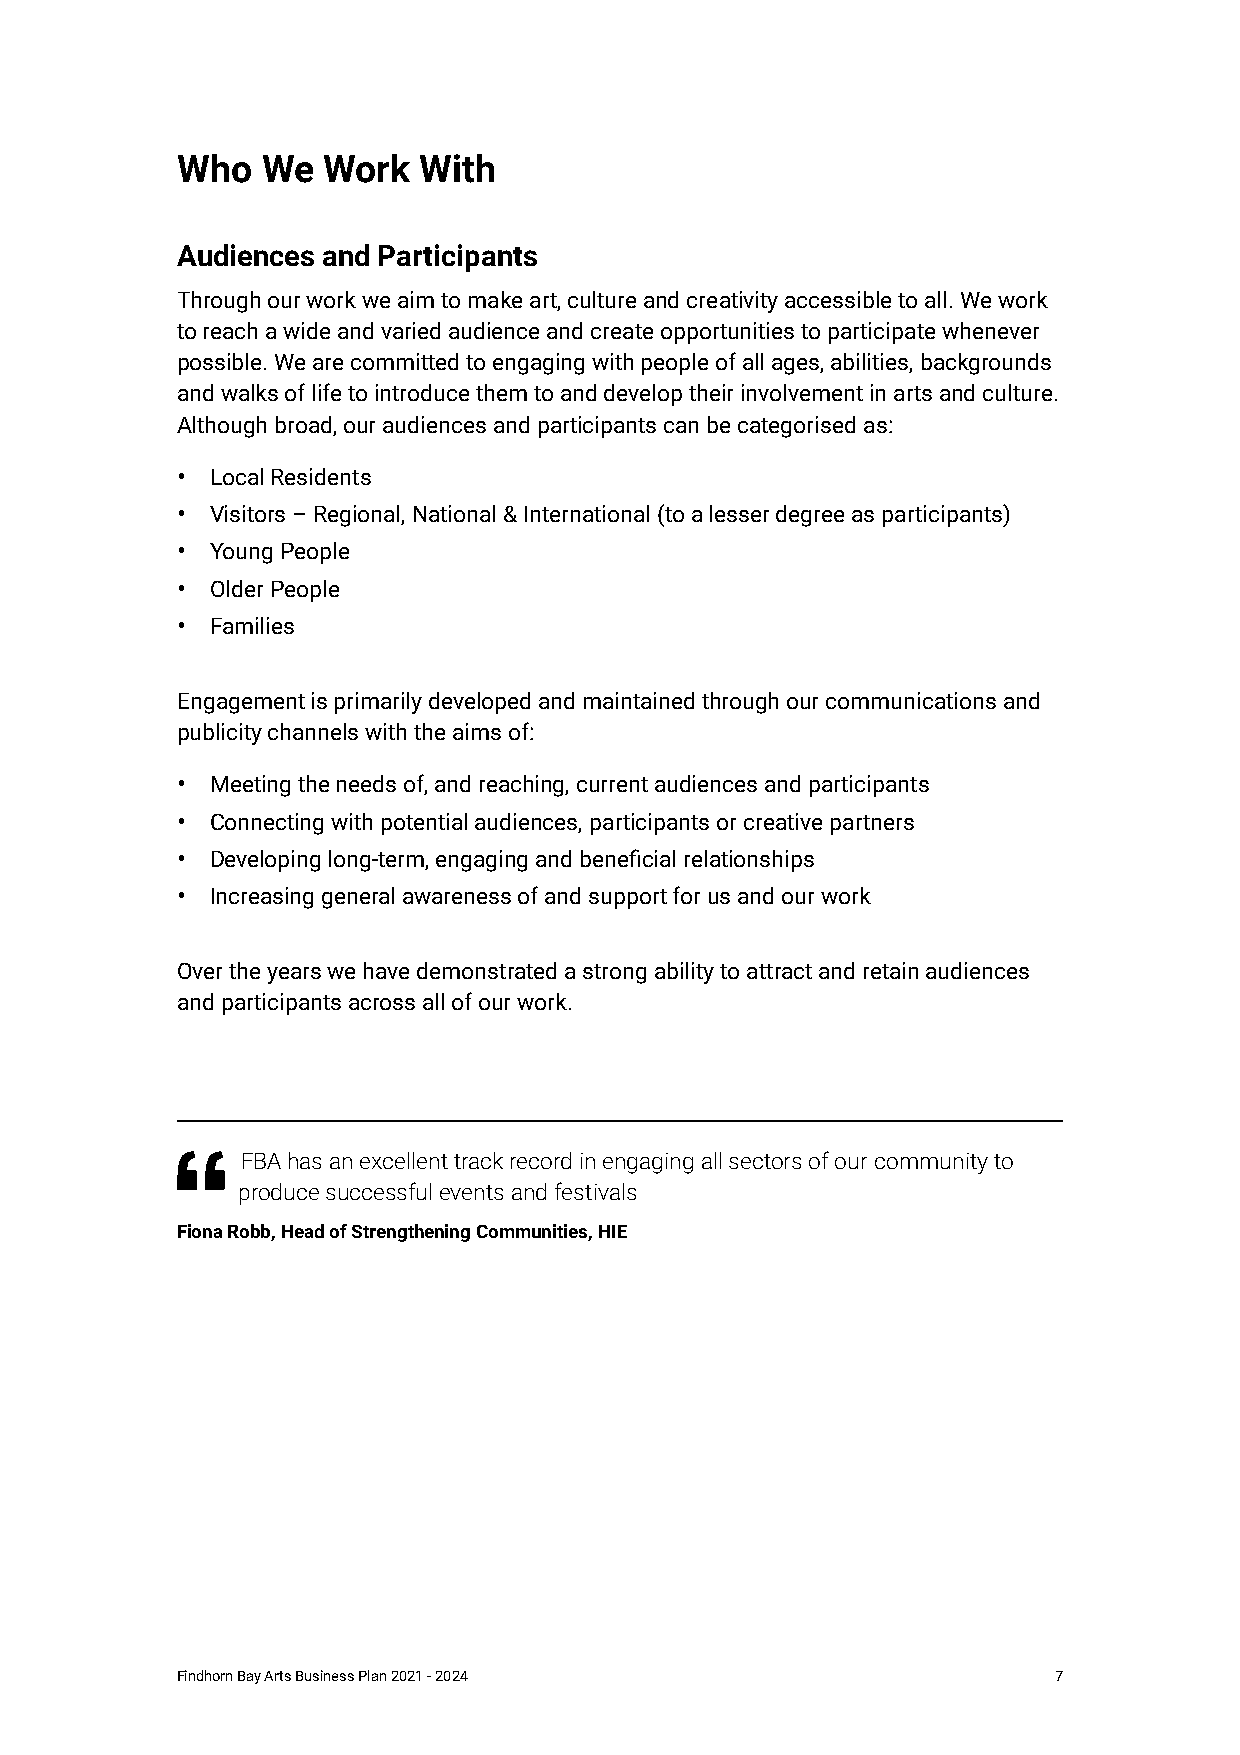
Who  We  Work   With
 Audiences and Participants
 Through our work we aim to make art, culture and creativity accessible to all. We work
 to reach a wide and varied audience and create opportunities to participate whenever
 possible. We are committed to engaging with people of all ages, abilities, backgrounds
 and walks of life to introduce them to and develop their involvement in arts and culture.
 Although broad, our audiences and participants can be categorised as:
 • Local Residents
 • Visitors – Regional, National & International (to a lesser degree as participants)
 • Young People
 • Older People
 • Families
 Engagement is primarily developed and maintained through our communications and
 publicity channels with the aims of:
 • Meeting the needs of, and reaching, current audiences and participants
 • Connecting with potential audiences, participants or creative partners
 • Developing long-term, engaging and beneficial relationships
 • Increasing general awareness of and support for us and our work
 Over the years we have demonstrated a strong ability to attract and retain audiences
 and participants across all of our work.
 FBA has an excellent track record in engaging all sectors of our community to
 “
 produce successful events and festivals
 Fiona Robb, Head of Strengthening Communities, HIE
 Findhorn Bay Arts Business Plan 2021 - 2024               7